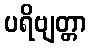
ပရိဗျတ္တာ